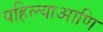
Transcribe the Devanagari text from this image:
पहिल्याआणि